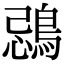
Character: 鵋